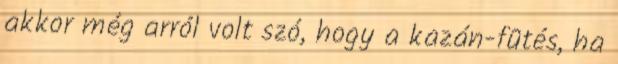
akkor még arról volt szó, hogy a kazán-fûtés, ha